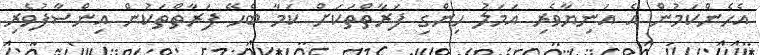
އެހެންކަމުން އެ އަނިޔާވެރި އަމަލު ހިންގި ފަރާތްތަކަށް ކަމާ ބެހޭ ފަރާތްތަކުންް އިންސާފުވެރި